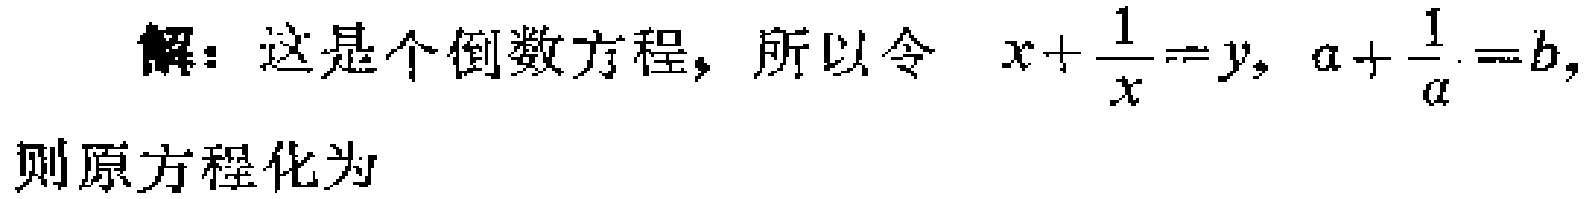
解：这是个倒数方程，所以令 \(x+\frac{1}{x}=y,\ a+\frac{1}{a}=b,\)

则原方程化为